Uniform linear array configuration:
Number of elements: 32
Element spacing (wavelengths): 0.75
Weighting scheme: kaiser
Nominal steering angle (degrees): -45
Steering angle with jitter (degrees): -46.353
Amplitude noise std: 0.05
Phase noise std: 0.05

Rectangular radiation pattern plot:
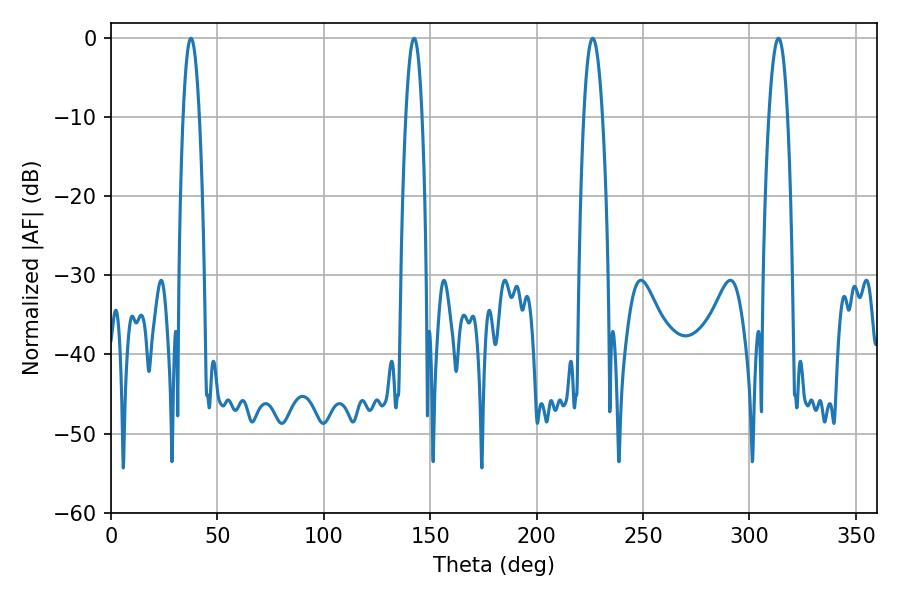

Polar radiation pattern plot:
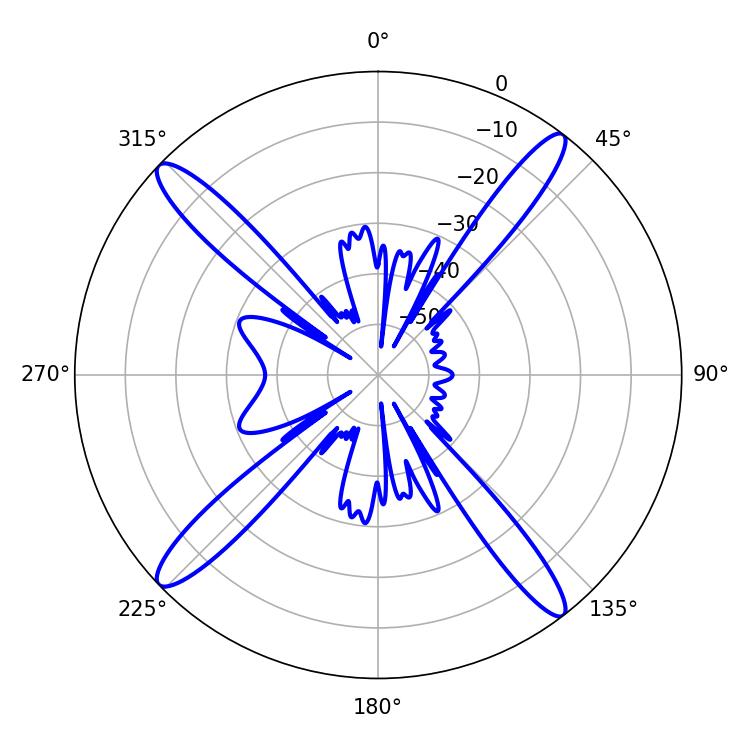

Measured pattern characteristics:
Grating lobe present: TRUE
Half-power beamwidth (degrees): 4.32
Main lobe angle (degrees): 37.62